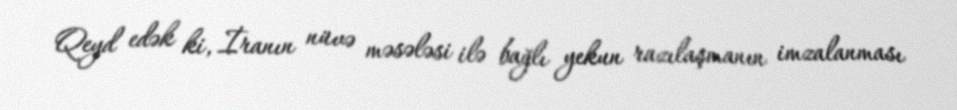
Qeyd edək ki, İranın nüvə məsələsi ilə bağlı yekun razılaşmanın imzalanması